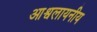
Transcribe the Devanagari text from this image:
आश्वलायनीय